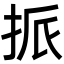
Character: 挀